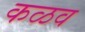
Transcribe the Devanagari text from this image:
कळव